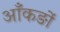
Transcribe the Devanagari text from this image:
आँकङों